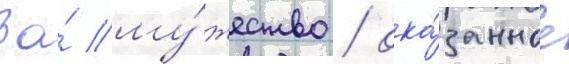
За́ му́жество / ока́занное